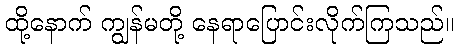
ထို့နောက် ကျွန်မတို့ နေရာပြောင်းလိုက်ကြသည်။